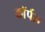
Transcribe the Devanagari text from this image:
काॅर्पस